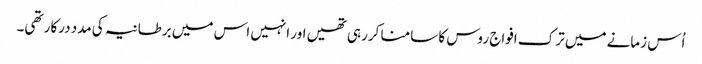
اُس زمانے میں ترک افواج روس کا سامنا کررہی تھیں اور انہیں اس میں برطانیہ کی مدد درکار تھی۔